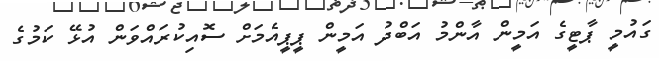
ގައުމީ ޕާޓީގެ އަމީން އާންމު އަބްދު އަމީން ޕީޕީއެމަށް ސޮއިކުރައްވަން އުޅޭ ކަމުގެ